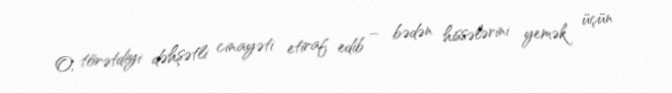
O, törətdiyi dəhşətli cinayəti etiraf edib – bədən hissələrini yemək üçün